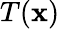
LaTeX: T(\mathbf{x})